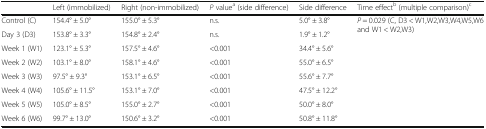
<table><thead><tr><td></td><td><b>Left (immobilized)</b></td><td><b>Right (non-immobilized)</b></td><td><b><i>P</i> value<sup>a</sup> (side difference)</b></td><td><b>Side difference</b></td><td><b>Time effect<sup>b</sup> (multiple comparison)<sup>c</sup></b></td></tr></thead><tbody><tr><td>Control (C)</td><td>154.4° ± 5.0°</td><td>155.0° ± 5.3°</td><td>n.s.</td><td>5.0° ± 3.8°</td><td rowspan="8"><i>P</i> = 0.029 (C, D3 &lt; W1,W2,W3,W4,W5,W6 and W1 &lt; W2,W3)</td></tr><tr><td>Day 3 (D3)</td><td>153.8° ± 3.3°</td><td>154.8° ± 2.4°</td><td>n.s.</td><td>1.9° ± 1.2°</td></tr><tr><td>Week 1 (W1)</td><td>123.1° ± 5.3°</td><td>157.5° ± 4.6°</td><td>&lt;0.001</td><td>34.4° ± 5.6°</td></tr><tr><td>Week 2 (W2)</td><td>103.1° ± 8.0°</td><td>158.1° ± 4.6°</td><td>&lt;0.001</td><td>55.0° ± 6.5°</td></tr><tr><td>Week 3 (W3)</td><td>97.5° ± 9.3°</td><td>153.1° ± 6.5°</td><td>&lt;0.001</td><td>55.6° ± 7.7°</td></tr><tr><td>Week 4 (W4)</td><td>105.6° ± 11.5°</td><td>153.1° ± 7.0°</td><td>&lt;0.001</td><td>47.5° ± 12.2°</td></tr><tr><td>Week 5 (W5)</td><td>105.0° ± 8.5°</td><td>155.0° ± 2.7°</td><td>&lt;0.001</td><td>50.0° ± 8.0°</td></tr><tr><td>Week 6 (W6)</td><td>99.7° ± 13.0°</td><td>150.6° ± 3.2°</td><td>&lt;0.001</td><td>50.8° ± 11.8°</td></tr></tbody></table>